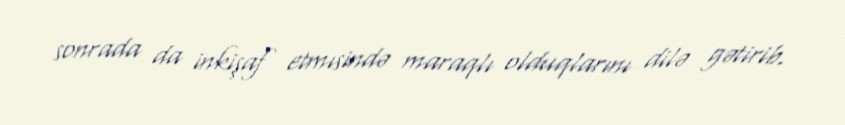
sonrada da inkişaf etmısində maraqlı olduqlarını dilə gətirib.